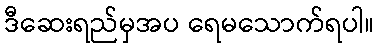
ဒီဆေးရည်မှအပ ရေမသောက်ရပါ။